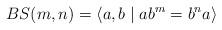
LaTeX: \begin{align*}BS(m,n) = \langle a,b \mid ab^m = b^na \rangle \end{align*}